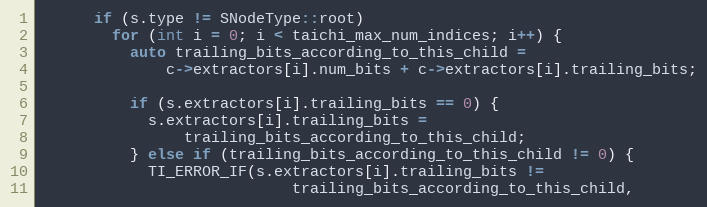
Language: C++
      if (s.type != SNodeType::root)
        for (int i = 0; i < taichi_max_num_indices; i++) {
          auto trailing_bits_according_to_this_child =
              c->extractors[i].num_bits + c->extractors[i].trailing_bits;

          if (s.extractors[i].trailing_bits == 0) {
            s.extractors[i].trailing_bits =
                trailing_bits_according_to_this_child;
          } else if (trailing_bits_according_to_this_child != 0) {
            TI_ERROR_IF(s.extractors[i].trailing_bits !=
                            trailing_bits_according_to_this_child,